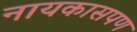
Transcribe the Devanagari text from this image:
नायकासपण